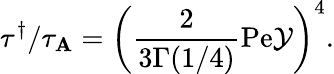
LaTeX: \tau^{\dagger}/\tau_{\mathbf{A}}=\left(\frac{{2}}{{3\Gamma(1/4)}}\mathrm{{Pe}}\mathcal{{Y}}\right)^{4}.